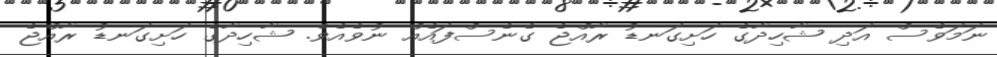
ނަމަވެސް އަދި ޝާހިދާގެ ހަށިގަނޑު ރާއްޖެ ގެނެސްފައެއް ނުވެއެވެ. ޝާހިދާގެ ހަށިގަނޑު ރާއްޖެ